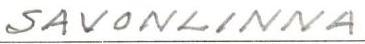
SAVONLINNA